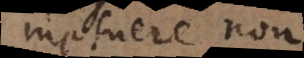
metuere non